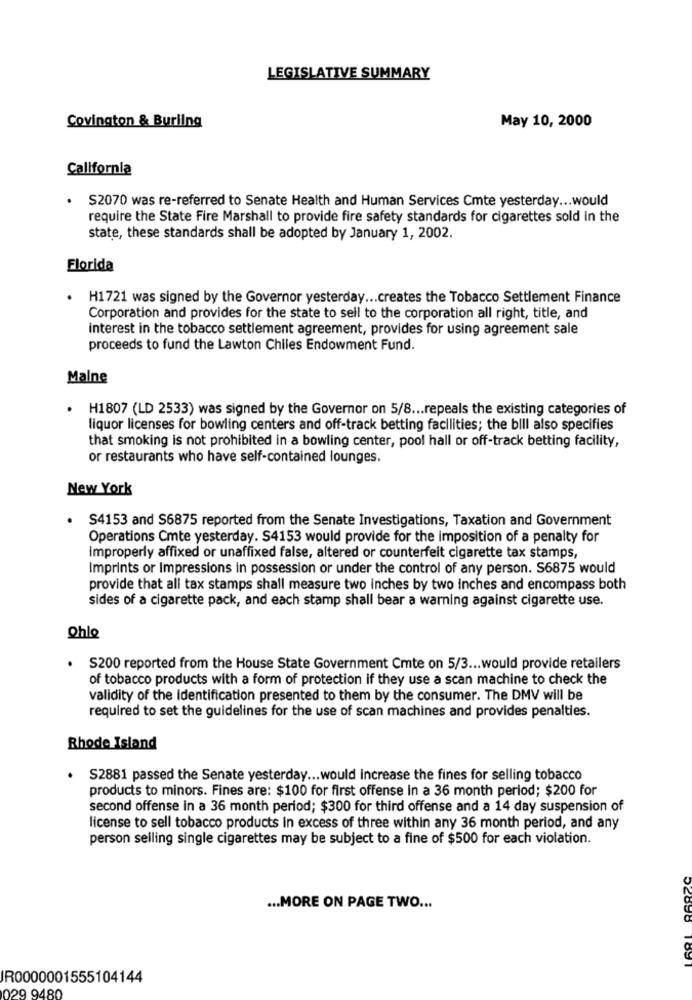
LEGISLATIVE SUMMARY
Covington & Burling
May 10, 2000
California
S2070 was re-referred to Senate Health and Human Services Cmte yesterday ... would
require the State Fire Marshall to provide fire safety standards for cigarettes sold in the
state, these standards shall be adopted by January 1, 2002.
Florida
H1721 was signed by the Governor yesterday ... creates the Tobacco Settlement Finance
Corporation and provides for the state to sell to the corporation all right, title, and
interest in the tobacco settlement agreement, provides for using agreement sale
proceeds to fund the Lawton Chiles Endowment Fund.
Malne
H1807 (LD 2533) was signed by the Governor on 5/8 ... repeals the existing categories of
liquor licenses for bowling centers and off-track betting facilities; the bill also specifies
that smoking is not prohibited in a bowling center, pool hall or off-track betting facility,
or restaurants who have self-contained lounges.
New York
.
S4153 and S6875 reported from the Senate Investigations, Taxation and Government
Operations Cmte yesterday. S4153 would provide for the imposition of a penalty for
Improperly affixed or unaffixed false, altered or counterfeit cigarette tax stamps,
Imprints or Impressions in possession or under the control of any person. S6875 would
provide that all tax stamps shall measure two inches by two Inches and encompass both
sides of a cigarette pack, and each stamp shall bear a warning against cigarette use.
Ohle
.
S200 reported from the House State Government Cmte on 5/3 ... would provide retailers
of tobacco products with a form of protection if they use a scan machine to check the
validity of the identification presented to them by the consumer. The DMV will be
required to set the guidelines for the use of scan machines and provides penalties.
Rhode Island
S2881 passed the Senate yesterday ... would increase the fines for selling tobacco
products to minors. Fines are: $100 for first offense in a 36 month period; $200 for
second offense in a 36 month period; $300 for third offense and a 14 day suspension of
license to sell tobacco products in excess of three within any 36 month period, and any
person selling single cigarettes may be subject to a fine of $500 for each violation.
... MORE ON PAGE TWO ...
1891
IR0000001555104144
029 9480